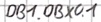
Text: DB1.DBX0.1